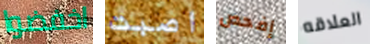
اخفضوا اصبت إفحص العلاقه